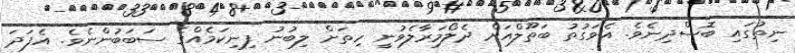
ނިތުގައި ބޮސްދިނެވެ. އެވަގުތު ބަތޫލްއަށް ދެލޯމަރާލެވުނީ ހިތަށް ލިބުނު ފިނިކަމެއްގެ ސަބަބުންނެވެ. އެފަދަ